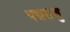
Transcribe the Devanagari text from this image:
पद्मराजु